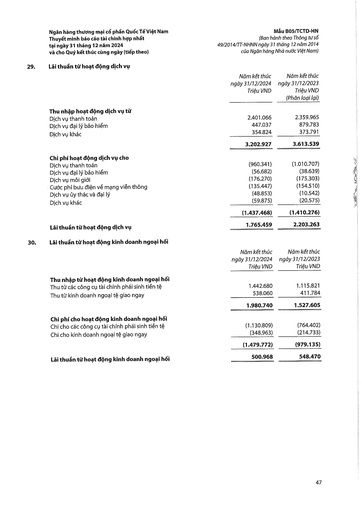
||Năm kết thúc ngày 31/12/2024 Triệu VND|Năm kết thúc ngày 31/12/2023 Triệu VND (Phân loại lại)| |---|---|---| |Thu nhập hoạt động dịch vụ từ||| |Dịch vụ thanh toán|2.401.066|2.359.965| |Dịch vụ đại lý bảo hiểm|447.037|879.783| |Dịch vụ khác|354.824|373.791| ||3.202.927|3.613.539| |Chi phí hoạt động dịch vụ cho||| |Dịch vụ thanh toán|(960.341)|(1.010.707)| |Dịch vụ đại lý bảo hiểm|(56.682)|(38.639)| |Dịch vụ môi giới|(176.270)|(175.303)| |Cước phí bưu điện về mạng viễn thông|(135.447)|(154.510)| |Dịch vụ ủy thác và đại lý|(48.853)|(10.542)| |Dịch vụ khác|(59.875)|(20.575)| ||(1.437.468)|(1.410.276)| |Lãi thuần từ hoạt động dịch vụ|1.765.459|2.203.263| ||Năm kết thúc ngày 31/12/2024 Triệu VND|Năm kết thúc ngày 31/12/2023 Triệu VND| |---|---|---| |Thu nhập từ hoạt động kinh doanh ngoại hối||| |Thu từ các công cụ tài chính phái sinh tiền tệ|1.442.680|1.115.821| |Thu từ kinh doanh ngoại tệ giao ngay|538.060|411.784| ||1.980.740|1.527.605| |Chi phí cho hoạt động kinh doanh ngoại hối||| |Chi cho các công cụ tài chính phái sinh tiền tệ|(1.130.809)|(764.402)| |Chi cho kinh doanh ngoại tệ giao ngay|(348.963)|(214.733)| ||(1.479.772)|(979.135)| |Lãi thuần từ hoạt động kinh doanh ngoại hối|500.968|548.470|